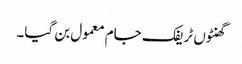
گھنٹوں ٹریفک جام معمول بن گیا۔